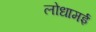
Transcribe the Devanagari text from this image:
लोधामई